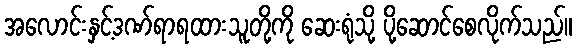
အလောင်းနှင့်ဒဏ်ရာရထားသူတို့ကို ဆေးရုံသို့ ပို့ဆောင်စေလိုက်သည်။